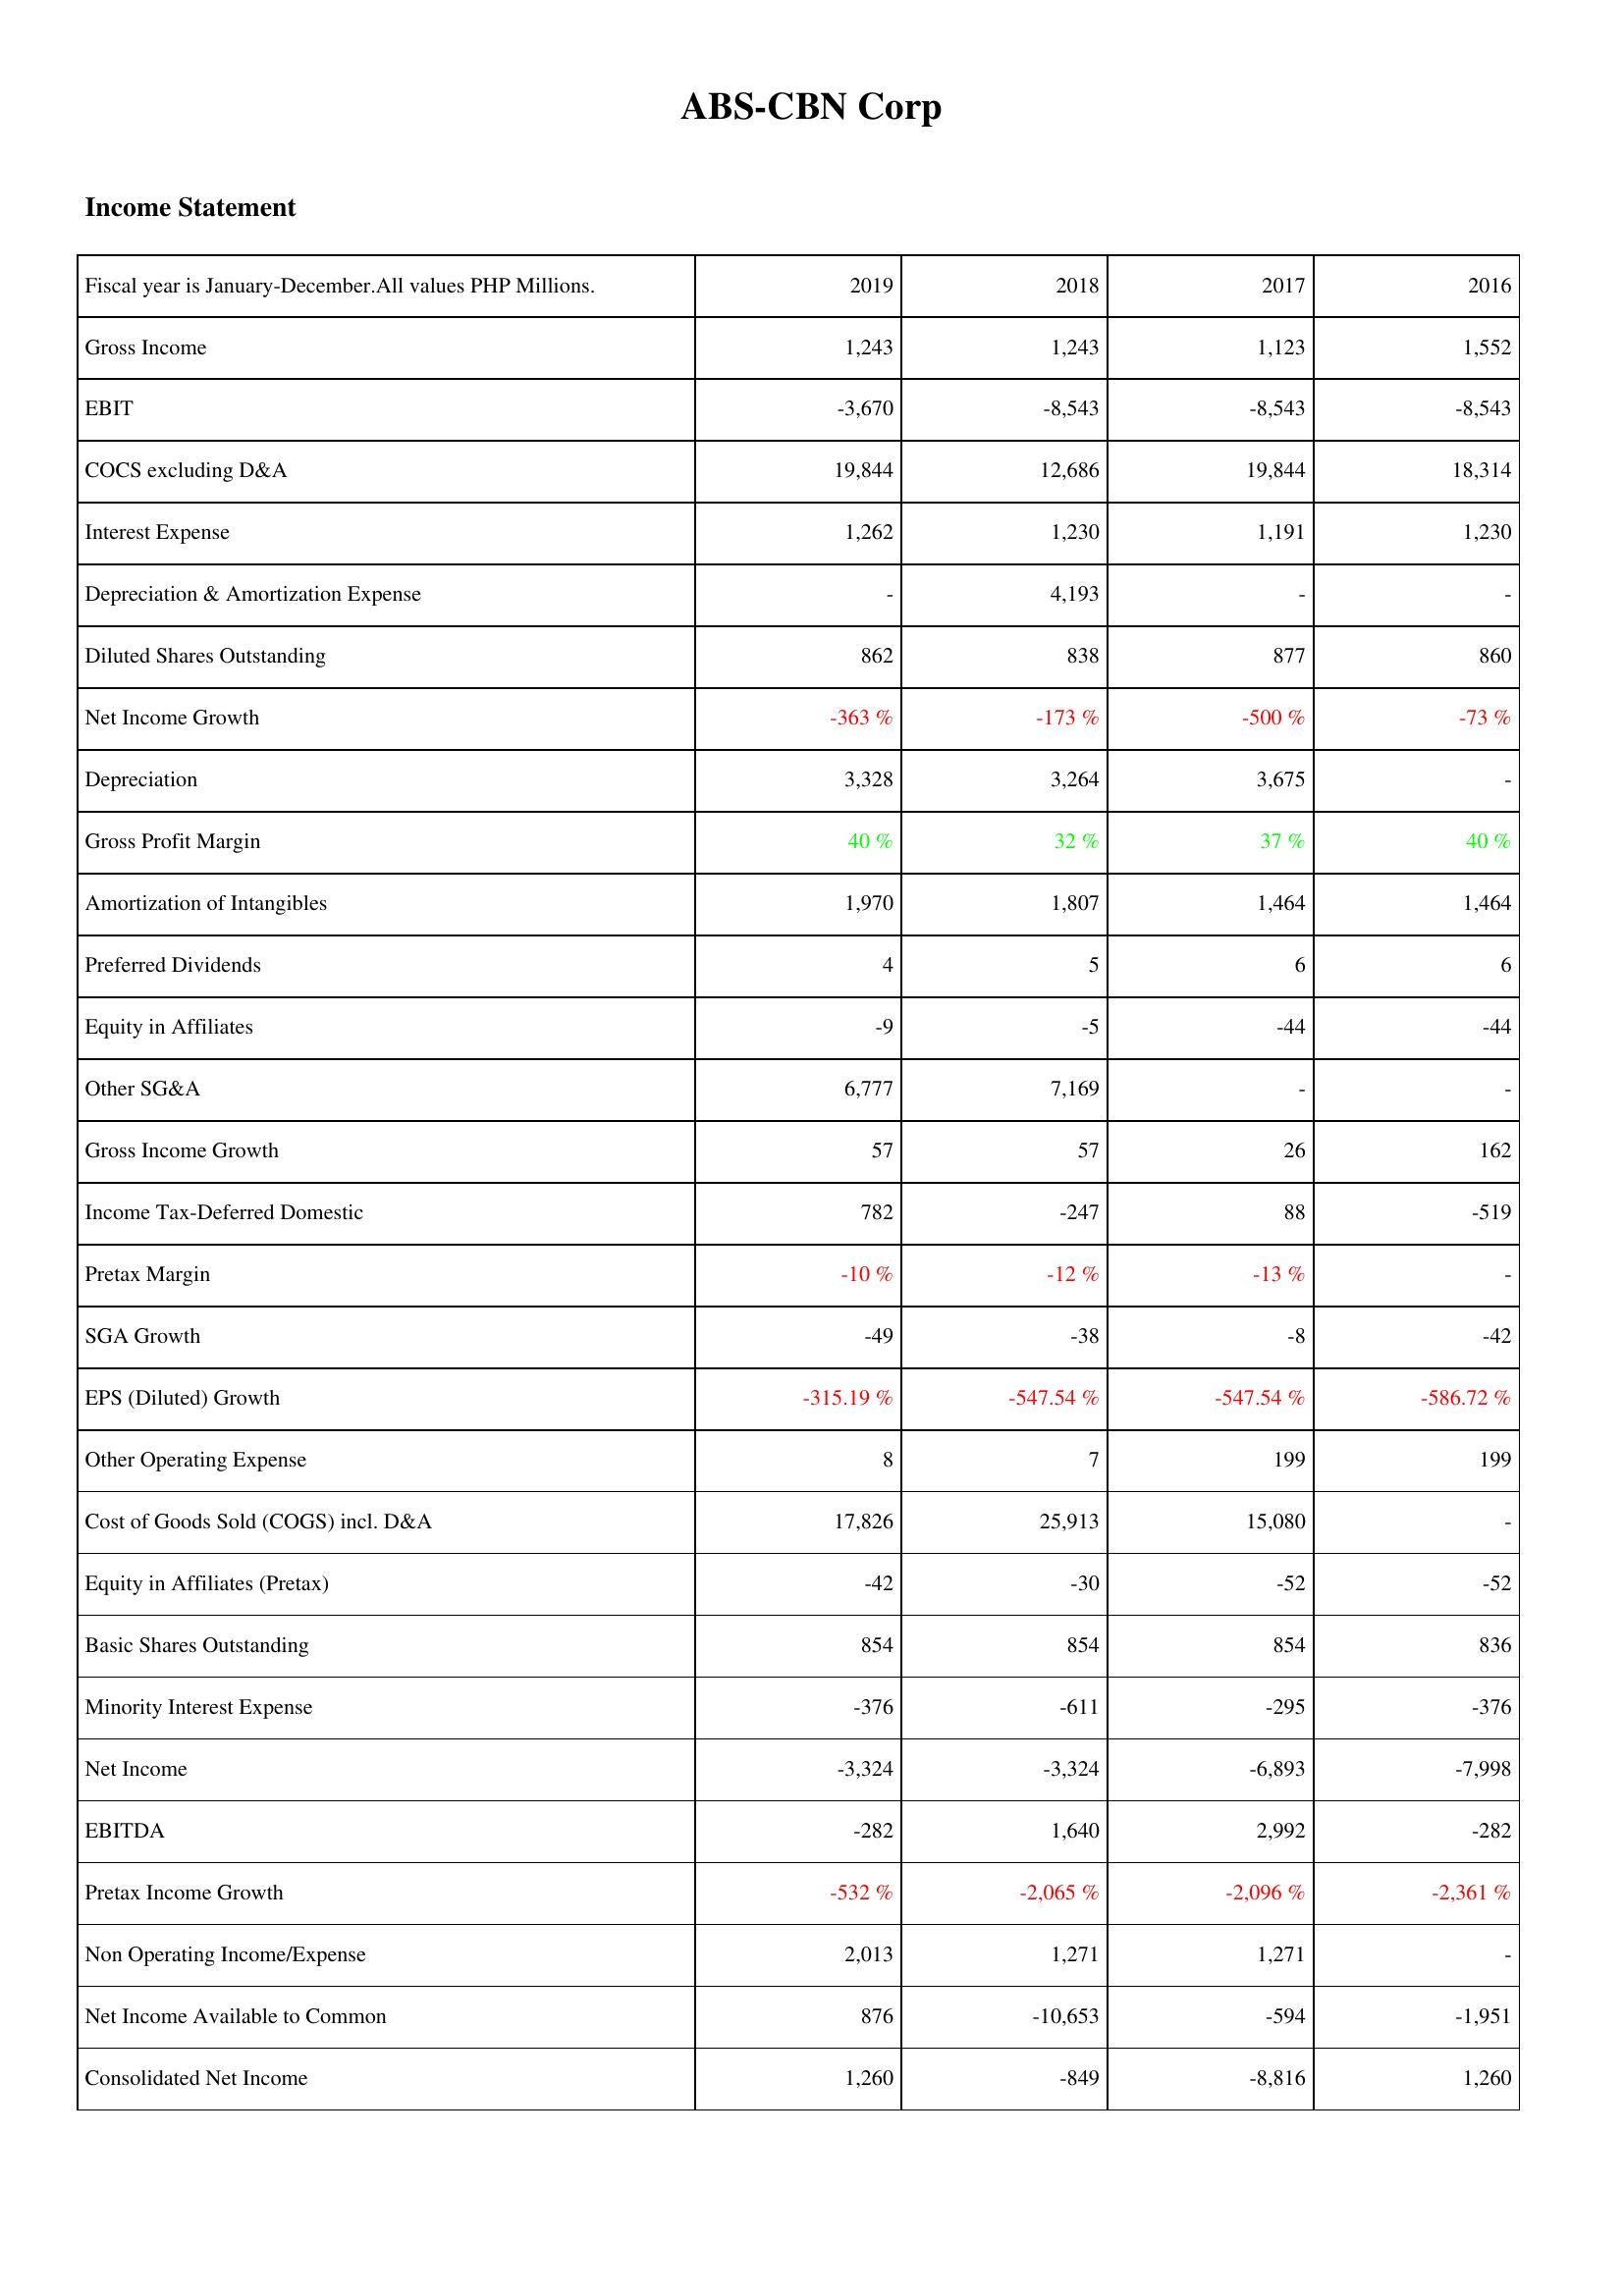
2019: Income Statement: Gross Income: 1,243
EBIT: -3,670
COCS excluding D&A: 19,844
Interest Expense: 1,262
Depreciation & Amortization Expense: -
Diluted Shares Outstanding: 862
Net Income Growth: -363 %
Depreciation: 3,328
Gross Profit Margin: 40 %
Amortization of Intangibles: 1,970
Preferred Dividends: 4
Equity in Affiliates: -9
Other SG&A: 6,777
Gross Income Growth: 57
Income Tax-Deferred Domestic: 782
Pretax Margin: -10 %
SGA Growth: -49
EPS (Diluted) Growth: -315.19 %
Other Operating Expense: 8
Cost of Goods Sold (COGS) incl. D&A: 17,826
Equity in Affiliates (Pretax): -42
Basic Shares Outstanding: 854
Minority Interest Expense: -376
Net Income: -3,324
EBITDA: -282
Pretax Income Growth: -532 %
Non Operating Income/Expense: 2,013
Net Income Available to Common: 876
Consolidated Net Income: 1,260
2018: Income Statement: Gross Income: 1,243
EBIT: -8,543
COCS excluding D&A: 12,686
Interest Expense: 1,230
Depreciation & Amortization Expense: 4,193
Diluted Shares Outstanding: 838
Net Income Growth: -173 %
Depreciation: 3,264
Gross Profit Margin: 32 %
Amortization of Intangibles: 1,807
Preferred Dividends: 5
Equity in Affiliates: -5
Other SG&A: 7,169
Gross Income Growth: 57
Income Tax-Deferred Domestic: -247
Pretax Margin: -12 %
SGA Growth: -38
EPS (Diluted) Growth: -547.54 %
Other Operating Expense: 7
Cost of Goods Sold (COGS) incl. D&A: 25,913
Equity in Affiliates (Pretax): -30
Basic Shares Outstanding: 854
Minority Interest Expense: -611
Net Income: -3,324
EBITDA: 1,640
Pretax Income Growth: -2,065 %
Non Operating Income/Expense: 1,271
Net Income Available to Common: -10,653
Consolidated Net Income: -849
2017: Income Statement: Gross Income: 1,123
EBIT: -8,543
COCS excluding D&A: 19,844
Interest Expense: 1,191
Depreciation & Amortization Expense: -
Diluted Shares Outstanding: 877
Net Income Growth: -500 %
Depreciation: 3,675
Gross Profit Margin: 37 %
Amortization of Intangibles: 1,464
Preferred Dividends: 6
Equity in Affiliates: -44
Other SG&A: -
Gross Income Growth: 26
Income Tax-Deferred Domestic: 88
Pretax Margin: -13 %
SGA Growth: -8
EPS (Diluted) Growth: -547.54 %
Other Operating Expense: 199
Cost of Goods Sold (COGS) incl. D&A: 15,080
Equity in Affiliates (Pretax): -52
Basic Shares Outstanding: 854
Minority Interest Expense: -295
Net Income: -6,893
EBITDA: 2,992
Pretax Income Growth: -2,096 %
Non Operating Income/Expense: 1,271
Net Income Available to Common: -594
Consolidated Net Income: -8,816
2016: Income Statement: Gross Income: 1,552
EBIT: -8,543
COCS excluding D&A: 18,314
Interest Expense: 1,230
Depreciation & Amortization Expense: -
Diluted Shares Outstanding: 860
Net Income Growth: -73 %
Depreciation: -
Gross Profit Margin: 40 %
Amortization of Intangibles: 1,464
Preferred Dividends: 6
Equity in Affiliates: -44
Other SG&A: -
Gross Income Growth: 162
Income Tax-Deferred Domestic: -519
Pretax Margin: -
SGA Growth: -42
EPS (Diluted) Growth: -586.72 %
Other Operating Expense: 199
Cost of Goods Sold (COGS) incl. D&A: -
Equity in Affiliates (Pretax): -52
Basic Shares Outstanding: 836
Minority Interest Expense: -376
Net Income: -7,998
EBITDA: -282
Pretax Income Growth: -2,361 %
Non Operating Income/Expense: -
Net Income Available to Common: -1,951
Consolidated Net Income: 1,260